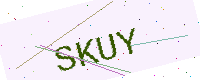
Text: SKUY